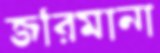
জরিমানা